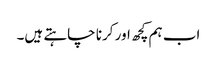
اب ہم کچھ اور کرنا چاہتے ہیں۔